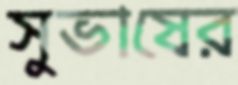
সুভাষের